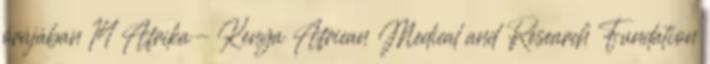
órájában 14 Afrika- Kenya African Medical and Research Fundation